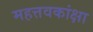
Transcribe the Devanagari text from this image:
महत्तवकांक्षा